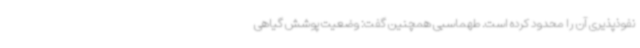
نفوذپذیری آن را محدود کرده است. طهماسبی همچنین گفت: وضعیت پوشش گیاهی